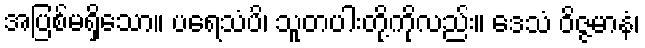
အပြစ်မရှိသော။ ပရေသံပိ၊ သူတပါးတို့ကိုလည်း။ ဒေသံ ဝိဇ္ဇမာနံ၊